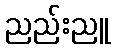
ညည်းညူ